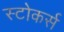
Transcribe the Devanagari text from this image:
स्टोकर्स